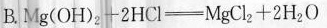
B. $$Mg(OH)_{2}+2HCl \xlongequal[]{} MgCl _{2}+2H_{2}O$$